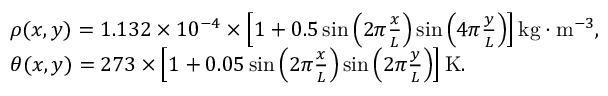
\begin{array} { r l } & { \rho ( x , y ) = 1 . 1 3 2 \times 1 0 ^ { - 4 } \times \left[ 1 + 0 . 5 \sin \left( 2 \pi \frac { x } { L } \right) \sin \left( 4 \pi \frac { y } { L } \right) \right] \mathrm { k g } \cdot \mathrm { m } ^ { - 3 } , } \\ & { \theta ( x , y ) = 2 7 3 \times \left[ 1 + 0 . 0 5 \sin \left( 2 \pi \frac { x } { L } \right) \sin \left( 2 \pi \frac { y } { L } \right) \right] \mathrm { K } . } \end{array}